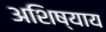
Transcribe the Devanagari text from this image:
अशिष्याय